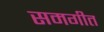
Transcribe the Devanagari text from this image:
समगीत